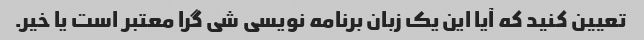
تعیین کنید که آیا این یک زبان برنامه نویسی شی گرا معتبر است یا خیر.